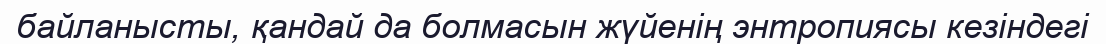
байланысты, қандай да болмасын жүйенің энтропиясы кезіндегі